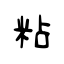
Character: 粘